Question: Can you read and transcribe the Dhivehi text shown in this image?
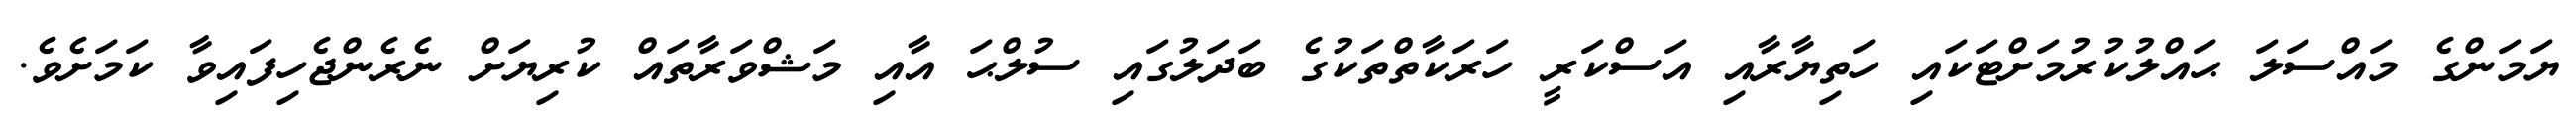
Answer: ޔަމަންގެ މައްސަލަ ޙައްލުކުރުމަށްޓަކައި ހަތިޔާރާއި އަސްކަރީ ހަރަކާތްތަކުގެ ބަދަލުގައި ސުލްޙަ އާއި މަޝްވަރާތައް ކުރިޔަށް ނެރެންޖެހިފައިވާ ކަމަށެވެ.